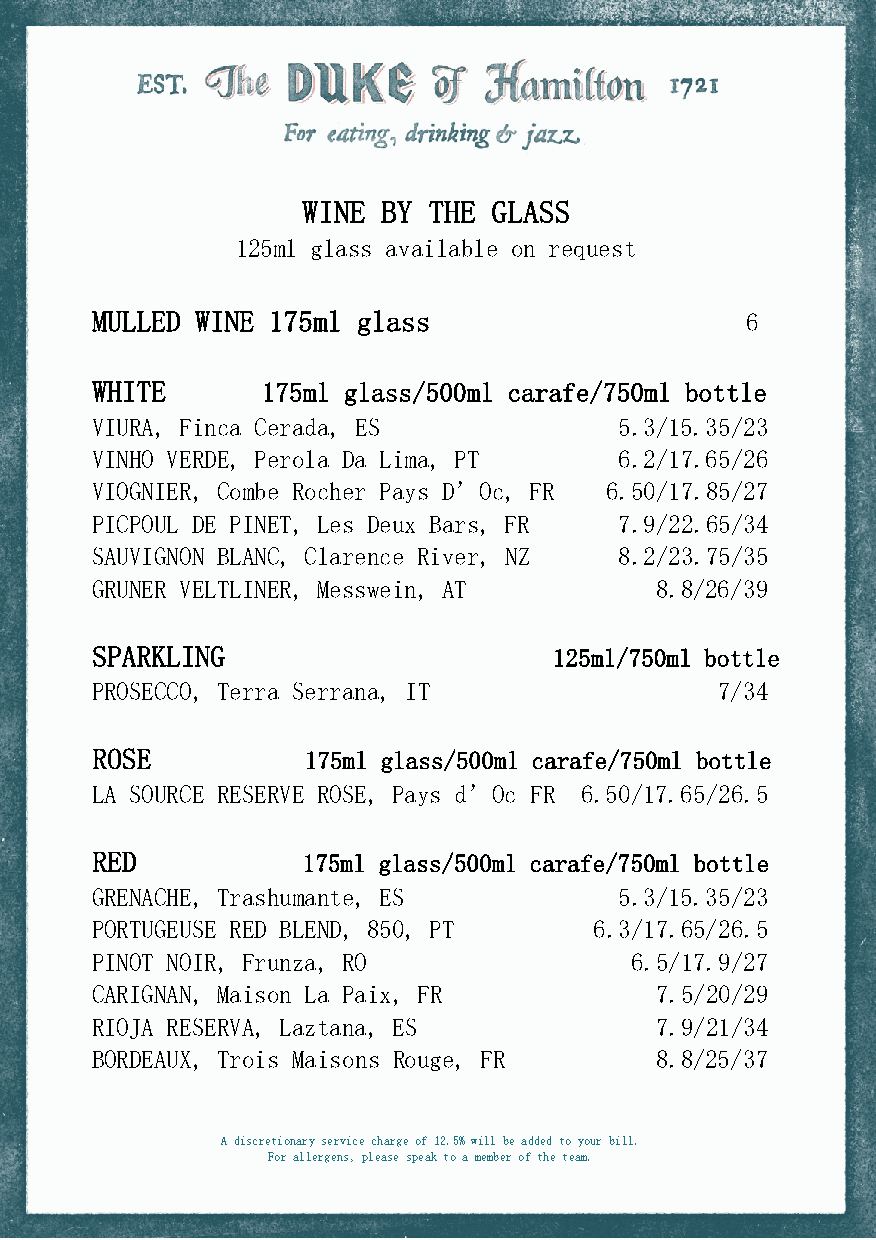
WINE BY THE  GLASS
 125ml glass available on request
 MULLED WINE 175ml glass                    6
 WHITE      175ml glass/500ml carafe/750ml bottle
 VIURA, Finca Cerada, ES            5.3/15.35/23
 VINHO VERDE, Perola Da Lima, PT    6.2/17.65/26
 VIOGNIER, Combe Rocher Pays D’Oc, FR 6.50/17.85/27
 PICPOUL DE PINET, Les Deux Bars, FR 7.9/22.65/34
 SAUVIGNON BLANC, Clarence River, NZ 8.2/23.75/35
 GRUNER VELTLINER, Messwein, AT       8.8/26/39
 SPARKLING                      125ml/750ml bottle
 PROSECCO, Terra Serrana, IT               7/34
 ROSE          175ml glass/500ml carafe/750ml bottle
 LA SOURCE RESERVE ROSE, Pays d’Oc FR 6.50/17.65/26.5
 RED           175ml glass/500ml carafe/750ml bottle
 GRENACHE, Trashumante, ES          5.3/15.35/23
 PORTUGEUSE RED BLEND, 850, PT    6.3/17.65/26.5
 PINOT NOIR, Frunza, RO              6.5/17.9/27
 CARIGNAN, Maison La Paix, FR         7.5/20/29
 RIOJA RESERVA, Laztana, ES           7.9/21/34
 BORDEAUX, Trois Maisons Rouge, FR    8.8/25/37
 A discretionary service charge of 12.5% will be added to your bill.
 For allergens, please speak to a member of the team.